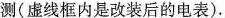
测(虚线框内是改装后的电表).